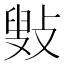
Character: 㪢